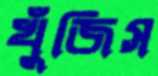
খুঁজিস